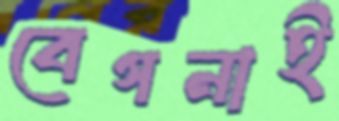
বেগনাই